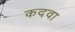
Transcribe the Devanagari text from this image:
कदवा